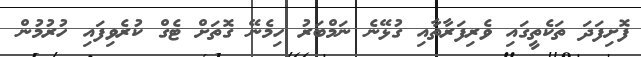
ފޮށިފަދަ ތަކެތީގައި ވެރިފަރާތާއި ގުޅޭނެ ނަމްބަރު ހިމެނޭ ގޮތަށް ޓެގް ކުރެވިފައި ހުރުމުން